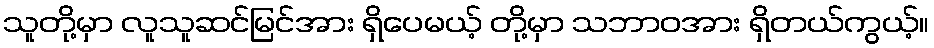
သူတို့မှာ လူသူဆင်မြင်အား ရှိပေမယ့် တို့မှာ သဘာဝအား ရှိတယ်ကွယ့်။